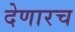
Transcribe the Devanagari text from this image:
देणारच